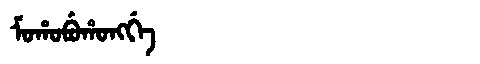
Manchu: ᠮᠣᡥᠣᠪᡠᡥᠣᠩᡤᡝ
Romanization: MOHOBUHONGGE